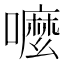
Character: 嚒